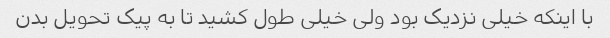
با اینکه خیلی نزدیک بود ولی خیلی طول کشید تا به پیک تحویل بدن